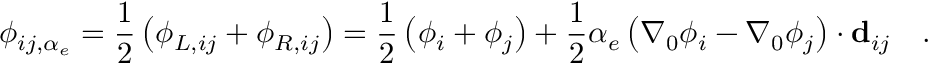
\phi _ { i j , \alpha _ { e } } = \frac { 1 } { 2 } \left( \phi _ { L , i j } + \phi _ { R , i j } \right) = \frac { 1 } { 2 } \left( \phi _ { i } + \phi _ { j } \right) + \frac { 1 } { 2 } \alpha _ { e } \left( \nabla _ { 0 } { \phi _ { i } } - \nabla _ { 0 } { \phi _ { j } } \right) \cdot \mathbf { d } _ { i j } \quad .